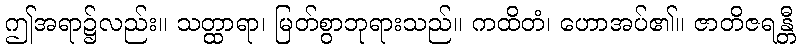
ဤအရာ၌လည်း။ သတ္ထာရာ၊ မြတ်စွာဘုရားသည်။ ကထိတံ၊ ဟောအပ်၏။ ဇာတိဇရန္တီ